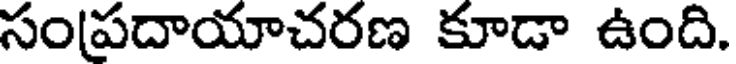
సంప్రదాయాచరణ కూడా ఉంది.